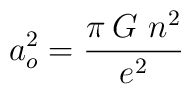
a^2_o={\pi\, G \,\,n^2\over e^2}\nonumber